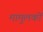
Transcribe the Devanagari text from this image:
मामुलकों